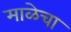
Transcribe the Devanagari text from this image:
माळेचा